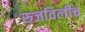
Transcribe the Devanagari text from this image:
रुजविलीच